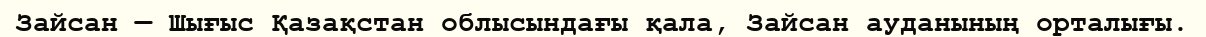
Зайсан — Шығыс Қазақстан облысындағы қала, Зайсан ауданының орталығы.